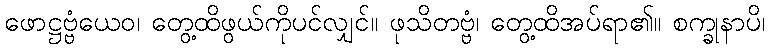
ဖောဋ္ဌဗ္ဗံယေဝ၊ တွေ့ထိဖွယ်ကိုပင်လျှင်။ ဖုသိတဗ္ဗံ၊ တွေ့ထိအပ်ရာ၏။ စက္ခုနာပိ၊